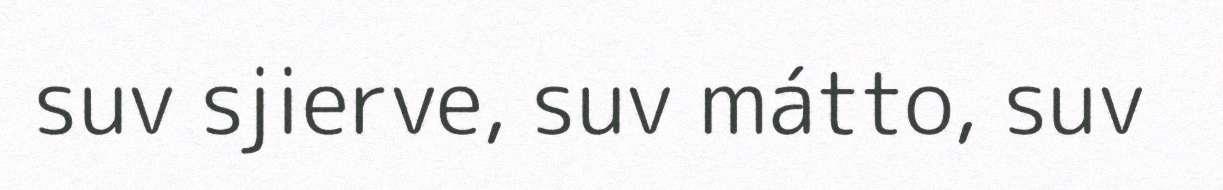
suv sjierve, suv mátto, suv